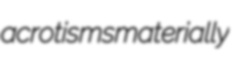
acrotisms materially